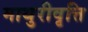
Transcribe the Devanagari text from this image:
माथुरीवृत्ति